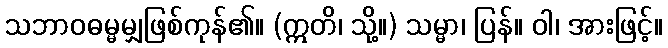
သဘာဝဓမ္မမျှဖြစ်ကုန်၏။ (ဣတိ၊ သို့။) သမ္မာ၊ ပြန်။ ဝါ၊ အားဖြင့်။